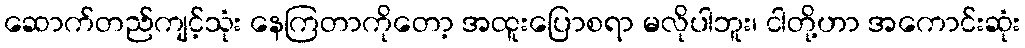
ဆောက်တည်ကျင့်သုံး နေကြတာကိုတော့ အထူးပြောစရာ မလိုပါဘူး၊ ငါတို့ဟာ အကောင်းဆုံး